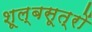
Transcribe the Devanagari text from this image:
शूल्बसूत्रों